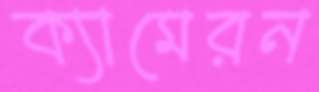
ক্যামেরন